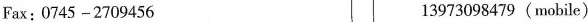
Fax:0745-2709456 13973098479 (mobile)